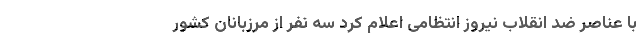
با عناصر ضد انقلاب نیروز انتظامی اعلام کرد سه نفر از مرزبانان کشور